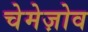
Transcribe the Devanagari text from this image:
चेमेज़ोव